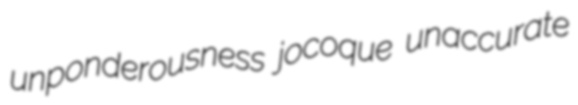
unponderousness jocoque unaccurate